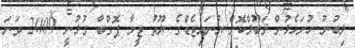
ލިބުނު ހުށަހެޅުން ޤަބޫލްކޮށް ޔުނައިޓެޑްގެ ޔޫތު ޓީމާ ޕޮގްބާ ގުޅުނީ 2009 ވަނަ